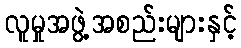
လူမှုအဖွဲ့အစည်းများနှင့်